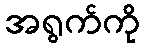
အရွက်ကို